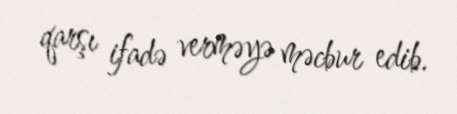
qarşı ifadə verməyə məcbur edib.